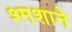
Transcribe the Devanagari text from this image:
श्मशाने